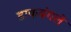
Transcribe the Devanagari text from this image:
डाकबंगले